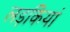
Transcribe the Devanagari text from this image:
लड़कियां